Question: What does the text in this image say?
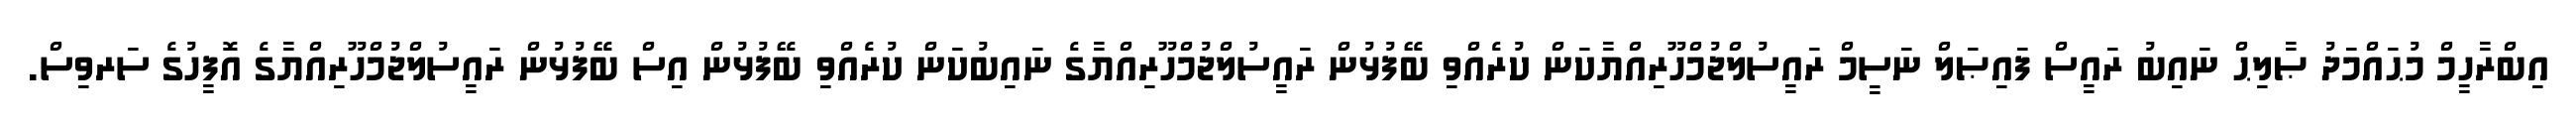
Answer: އިބްރާހީމް މުޙައްމަދު ޞާލިޙް ނައިބު ރައީސް ފައިޞަލް ނަސީމް ރައީސުލްޖުމްހޫރިއްޔާކަން ކުރެއްވި ބޭފުޅުން ރައީސުލްޖުމްހޫރިއްޔާގެ ނައިބުކަން ކުރެއްވި ބޭފުޅުން އިސް ބޭފުޅުން ރައީސުލްޖުމްހޫރިއްޔާގެ އޮފީހުގެ ސަރވިސް.